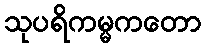
သုပရိကမ္မကတော